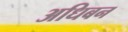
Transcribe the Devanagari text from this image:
अधिबन